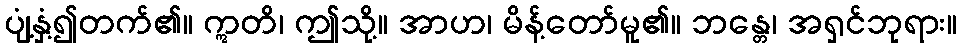
ပျံ့နှံ့၍တက်၏။ ဣတိ၊ ဤသို့။ အာဟ၊ မိန့်တော်မူ၏။ ဘန္တေ၊ အရှင်ဘုရား။